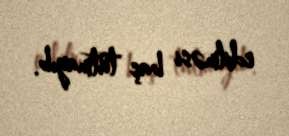
edilməsi baş tutmayıb.